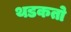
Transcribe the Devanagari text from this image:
थडकतो